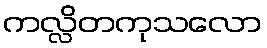
ကလ္လိတကုသလော